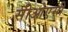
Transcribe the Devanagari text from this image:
सीओएसी